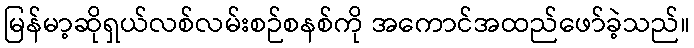
မြန်မာ့ဆိုရှယ်လစ်လမ်းစဉ်စနစ်ကို အကောင်အထည်ဖော်ခဲ့သည်။